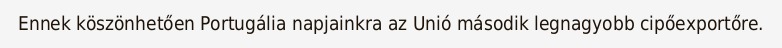
Ennek köszönhetően Portugália napjainkra az Unió második legnagyobb cipőexportőre.